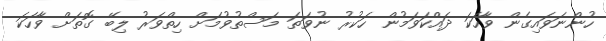
ހުންނަވައިގެން ވާހަކަ ދައްކަވަމުން ހަކުރު ނުވަތަ މަސްތުވުމަށް ހިތްވަރު ލިބޭ ގޮތަށް ވާހަކަ